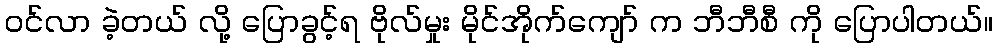
ဝင်လာ ခဲ့တယ် လို့ ပြောခွင့်ရ ဗိုလ်မှုး မိုင်အိုက်ကျော် က ဘီဘီစီ ကို ပြောပါတယ်။